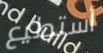
أستطيع